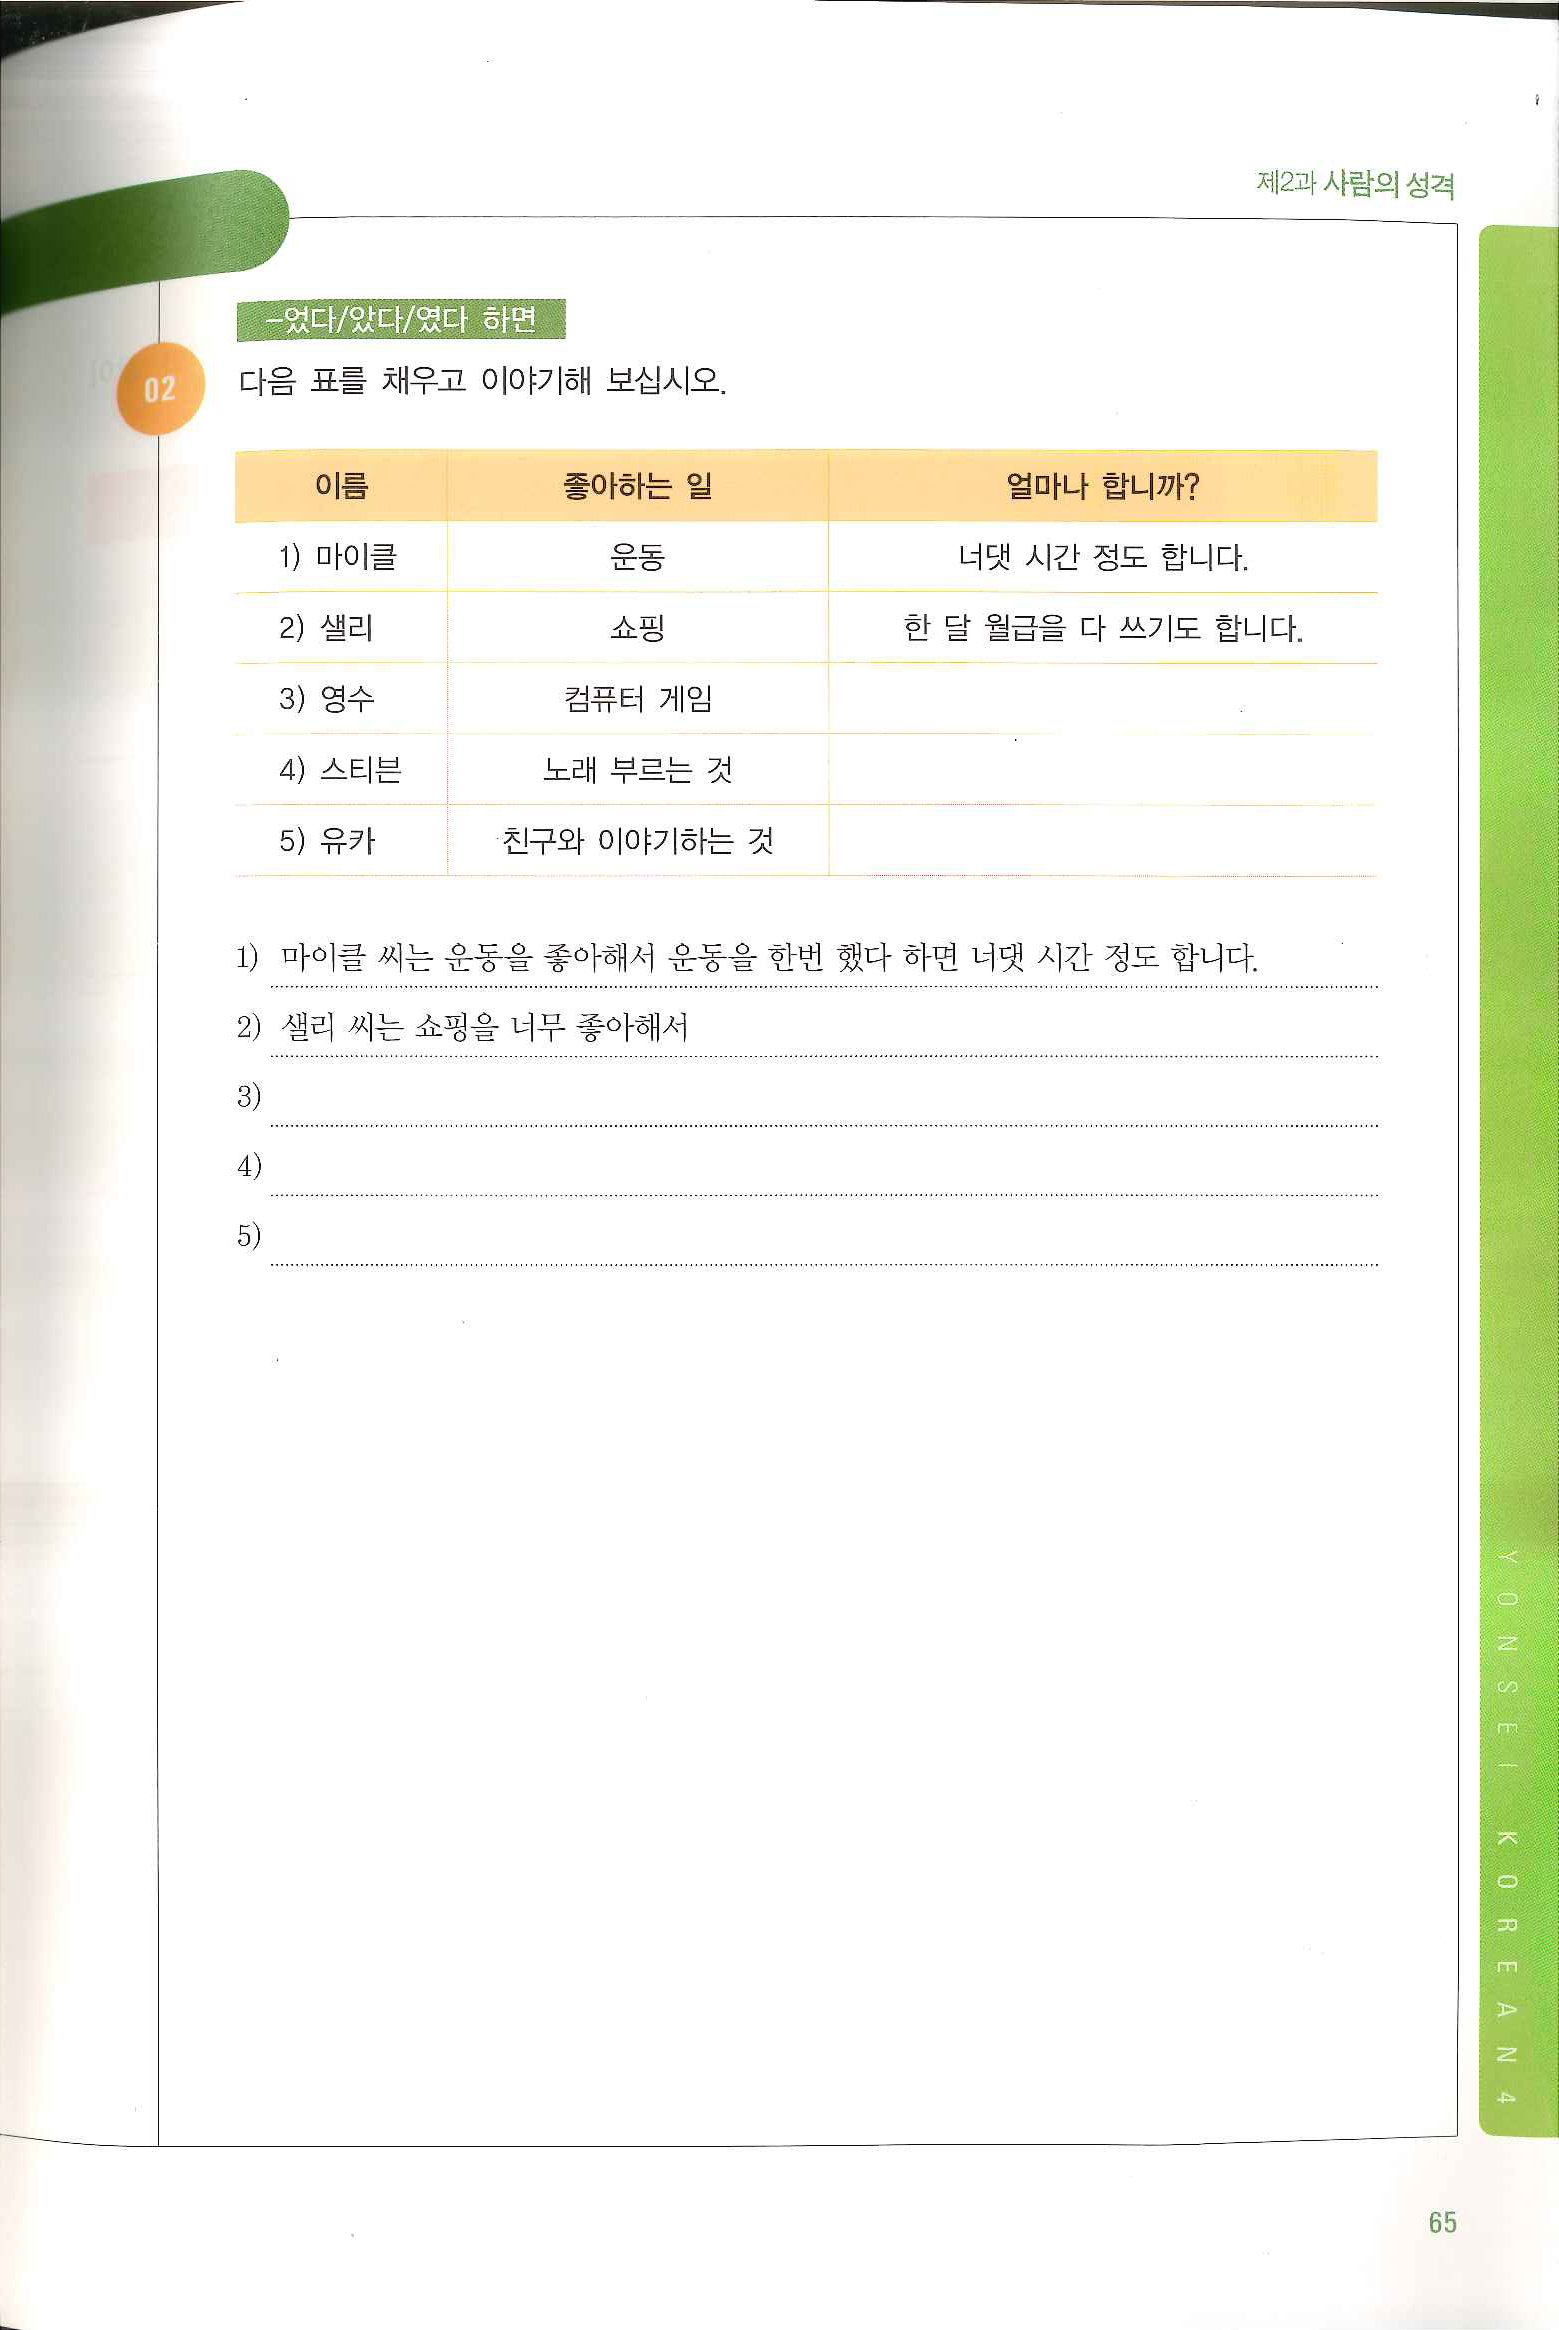
Language: ko